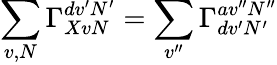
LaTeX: \sum_{v,N}\Gamma_{XvN}^{dv^{\prime}N^{\prime}}=\sum_{v^{\prime\prime}}\Gamma_{dv^{\prime}N^{\prime}}^{av^{\prime\prime}N^{\prime\prime}}